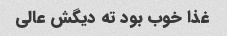
غذا خوب بود ته دیگش عالی